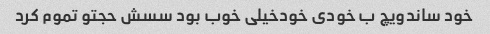
خود ساندویچ ب خودی خودخیلی خوب بود سسش حجتو تموم کرد